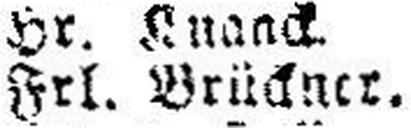
Frl. Brückner.